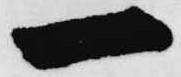
一